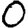
Digit: 0